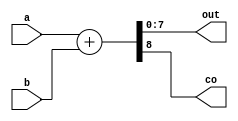
module Adder #(
    parameter N = 8
)(
    input [N-1:0] a, b,
    output [N-1:0] out,
    output co
);
    assign {co, out} = a + b;
endmodule